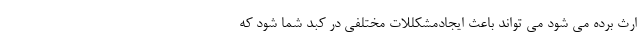
ارث برده می شود می تواند باعث ایجادمشکللات مختلفی در کبد شما شود که